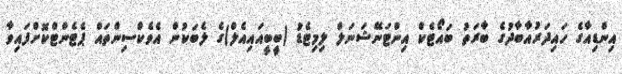
އިންޑިއާގެ ހައިދަރުއާބާދުގެ ބާރަތު ބައޯޓެކް އިންޓަނޭޝަނަލް ލިމިޓެޑު (ބީބީއައިއެލް)ގެ ލެބަކުން އެވެކްސިންތައް ޕެޓެންޓްކޮށްފައިވާ